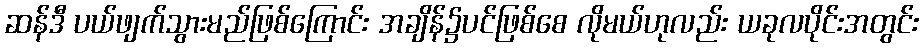
ဆန်ဒီ ပယ်ဖျက်သွားမည်ဖြစ်ကြောင်း အချိန်၌ပင်ဖြစ်စေ လိုမယ်ဟုလည်း ယခုလပိုင်းအတွင်း